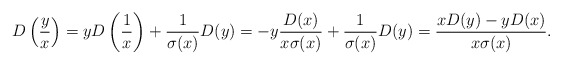
\begin{align*} D\left(\frac yx\right) = y D\left(\frac 1x\right) + \frac{1}{\sigma(x)} D(y) = - y\frac {D(x)}{x\sigma(x)} + \frac{1}{\sigma(x)} D(y) = \frac {xD(y)-yD(x)}{x\sigma(x)}.\end{align*}